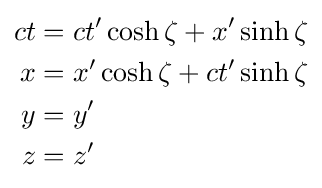
{\begin{aligned}ct&=ct'\cosh \zeta +x'\sinh \zeta \\x&=x'\cosh \zeta +ct'\sinh \zeta \\y&=y'\\z&=z'\end{aligned}}